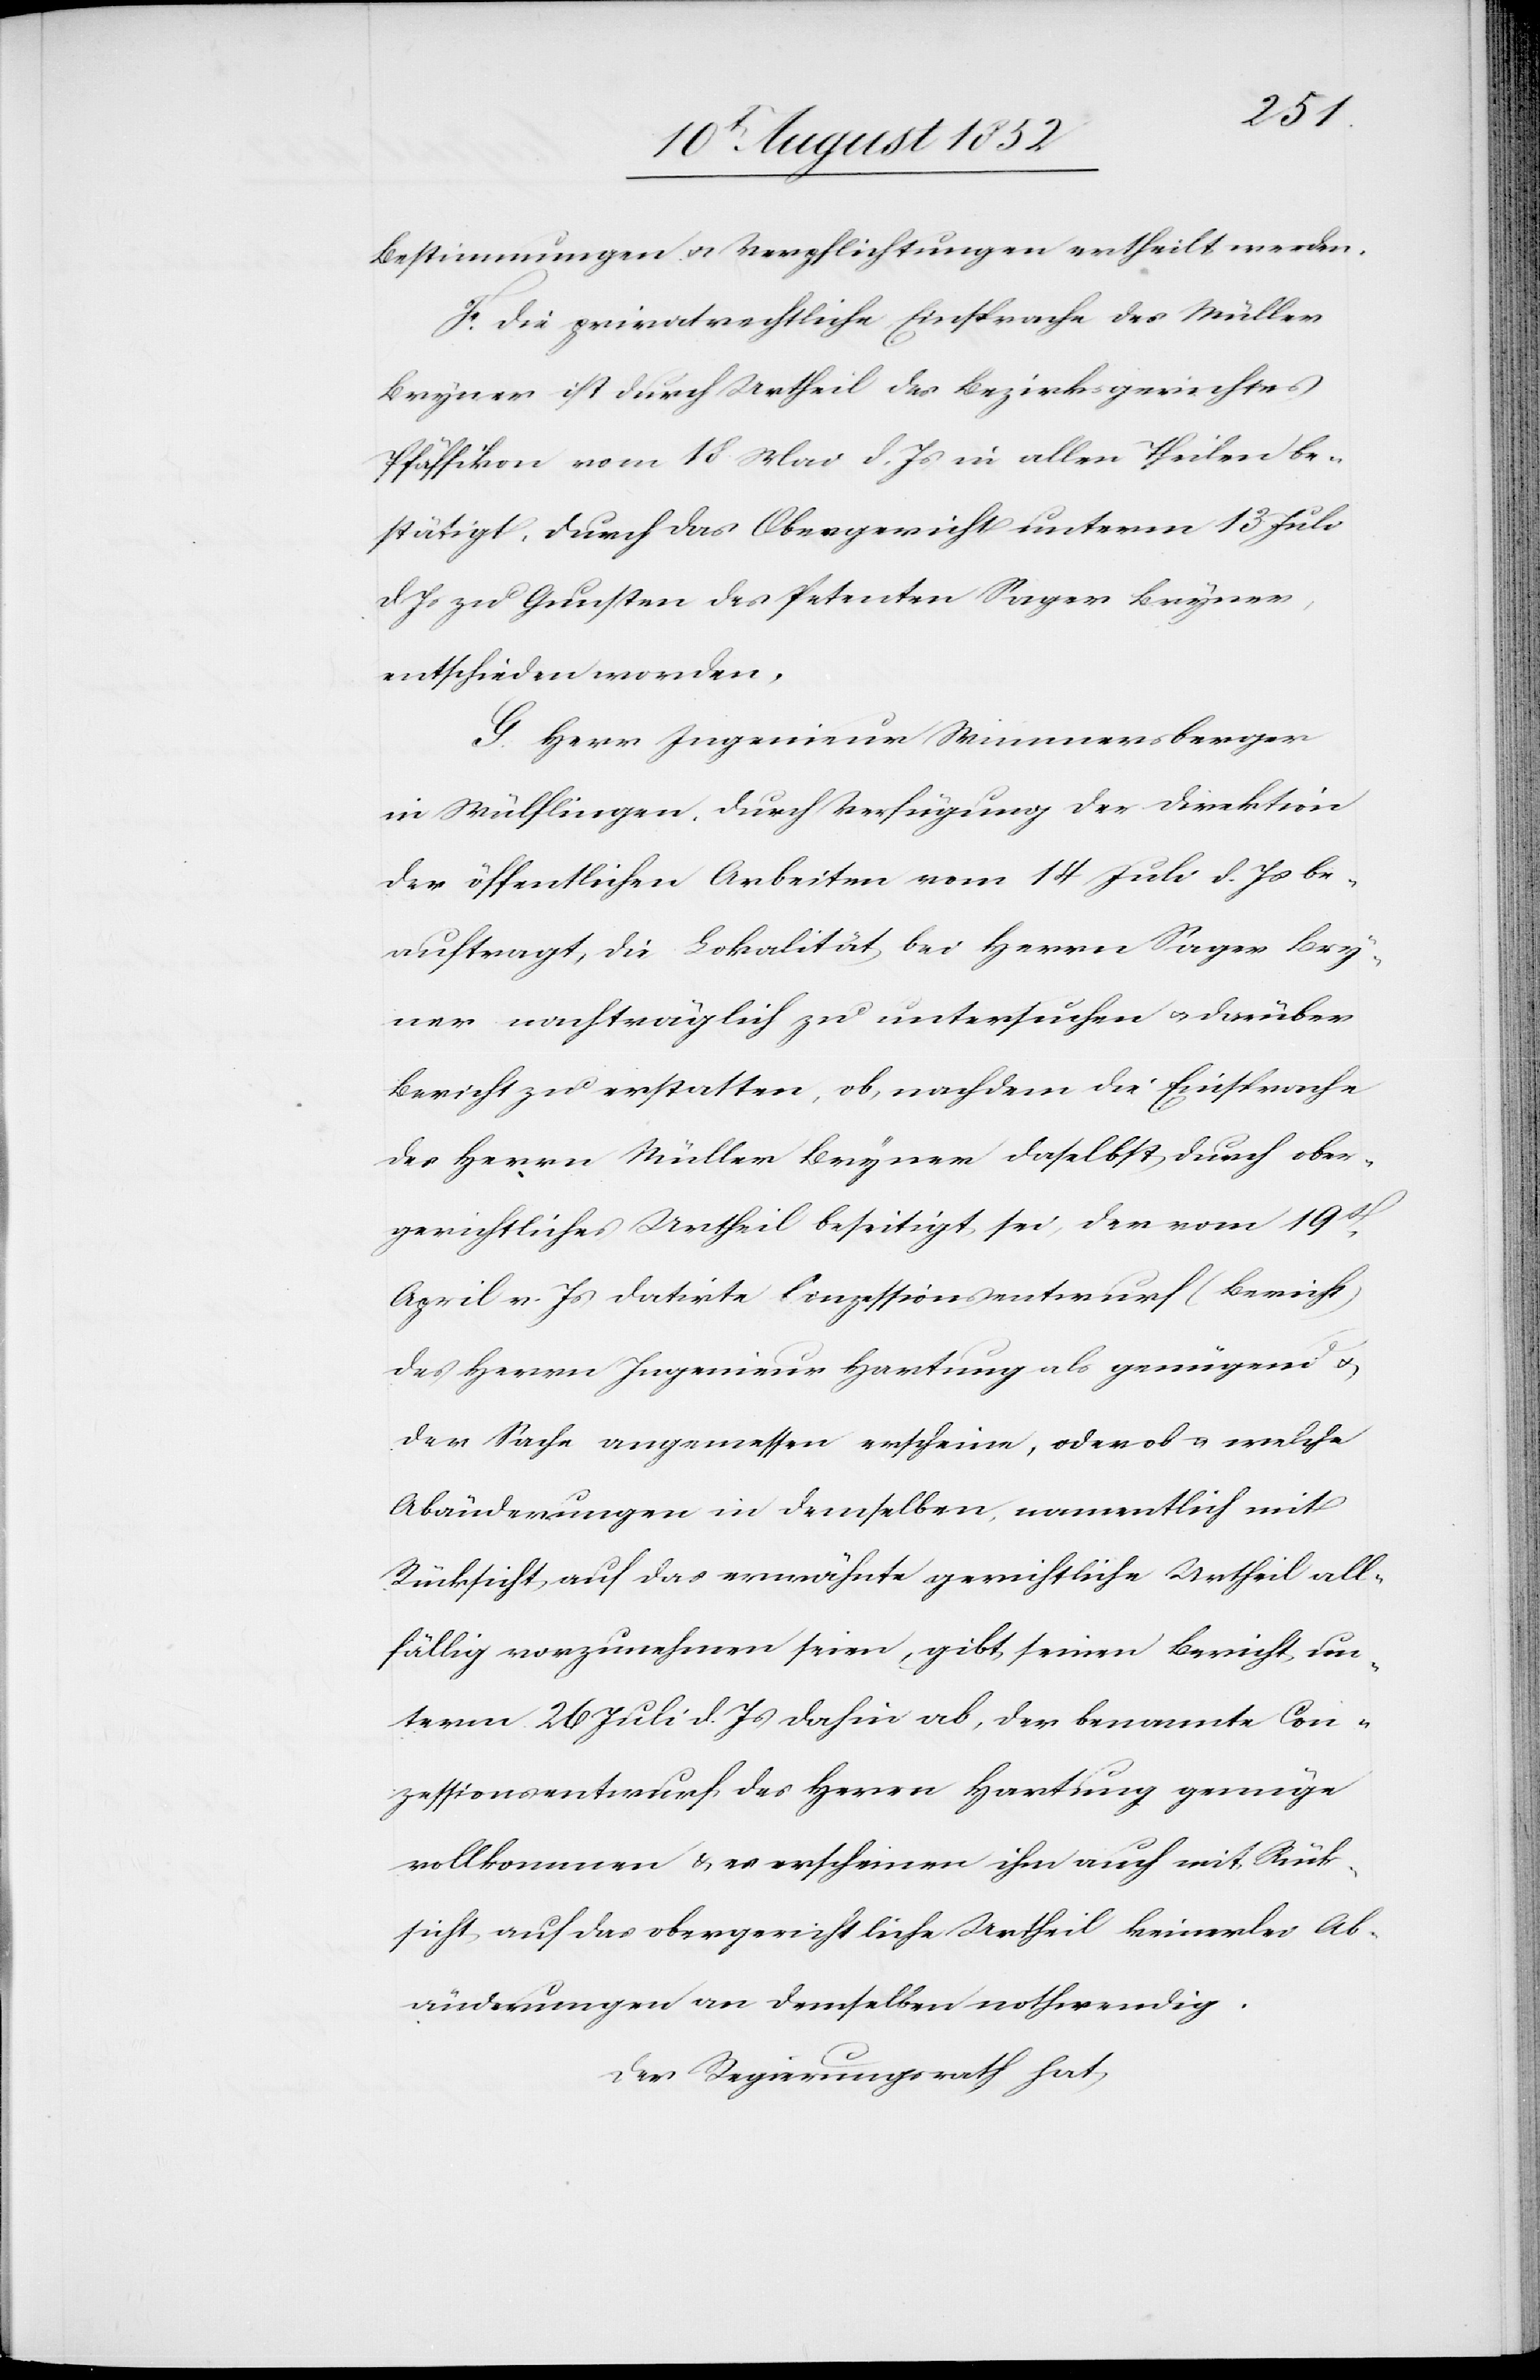
Bestimmungen & Verpflichtungen ertheilt werden.
F. Die privatrechtliche Einsprache des Müller
Bryner ist durch Urtheil des Bezirksgerichtes
Pfäffikon vom 18 Mai d. Js in allen Theilen be¬
stätigt, durch das Obergericht unterm 13 Juli
d Js zu Gunsten des Petenten Sager Bryner,
entschieden worden.
G. Herr Ingenieur Wimmersberger
in Wülflingen, durch Verfügung der Direktion
der öffentlichen Arbeiten vom 14 Juli d. Js be¬
auftragt, die Lokalität bei Herrn Sager Bry¬
ner nachträglich zu untersuchen & darüber
Bericht zu erstatten, ob, nachdem die Einsprache
des Herrn Müller Bryner daselbst durch ober¬
gerichtliches Urtheil beseitigt sei, der vom 19t.
April v. Js datirte Conzessionsentwurf (Bericht)
des Herrn Ingenieur Hartung als genügend &
der Sache angemessen erscheine, oder ob u. welche
Abänderungen in demselben, namentlich mit
Rücksicht auf das erwähnte gerichtliche Urtheil all¬
fällig vorzunehmen seien, gibt seinen Bericht un¬
term 26 Juli d. Js dahin ab, der benannte Con¬
zessionsentwurf des Herrn Hartung genüge
vollkommen & es erscheinen ihm auch mit Rück¬
sicht auf das obergerichtliche Urtheil keinerlei Ab¬
änderungen an demselben nothwendig.
Der Regierungsrath hat,